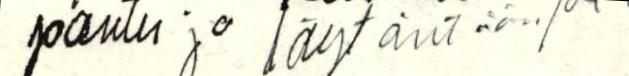
pantu jo löytäntään